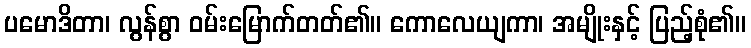
ပမောဒိတာ၊ လွန်စွာ ဝမ်းမြောက်တတ်၏။ ကောလေယျကာ၊ အမျိုးနှင့် ပြည့်စုံ၏။